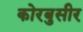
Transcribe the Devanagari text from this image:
कोरबुसीर